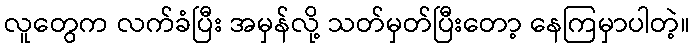
လူတွေက လက်ခံပြီး အမှန်လို့ သတ်မှတ်ပြီးတော့ နေကြမှာပါတဲ့။